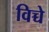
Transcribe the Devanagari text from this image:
विच्चे